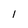
Character: l